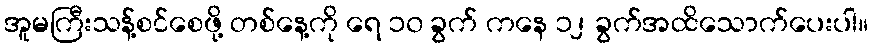
အူမကြီးသန့်စင်စေဖို့ တစ်နေ့ကို ရေ ၁၀ ခွက် ကနေ ၁၂ ခွက်အထိသောက်ပေးပါ။